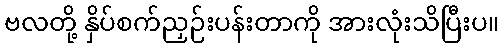
ဗလတို့ နှိပ်စက်ညှဉ်းပန်းတာကို အားလုံးသိပြီးပ။